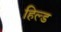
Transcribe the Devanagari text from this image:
हिल्ड